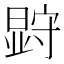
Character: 𭧗